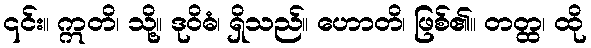
၎င်း။ ဣတိ၊ သို့။ ဒုဝိဓံ၊ ရှိသည်။ ဟောတိ၊ ဖြစ်၏။ တတ္ထ၊ ထို